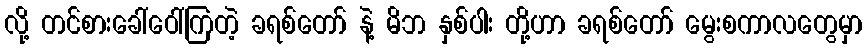
လို့ တင်စားခေါ်ဝေါ်ကြတဲ့ ခရစ်တော် နဲ့ မိဘ နှစ်ပါး တို့ဟာ ခရစ်တော် မွေးစကာလတွေမှာ